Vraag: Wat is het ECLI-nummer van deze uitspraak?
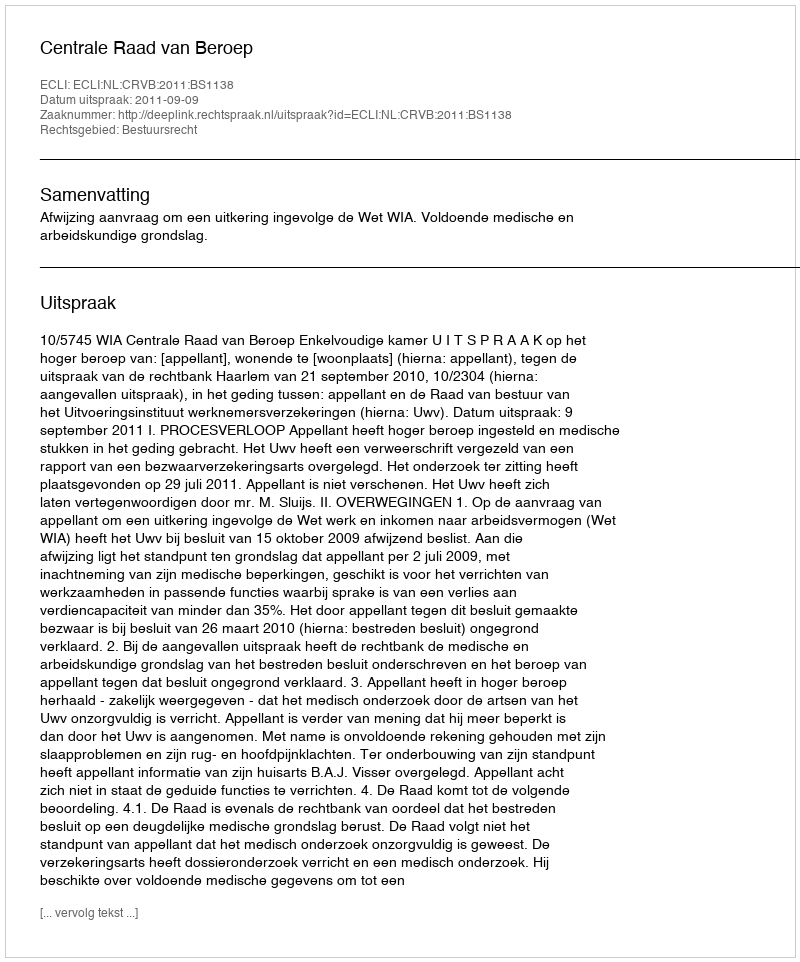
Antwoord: ECLI:NL:CRVB:2011:BS1138